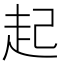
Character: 起